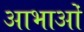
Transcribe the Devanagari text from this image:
आभाओं